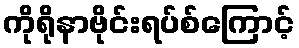
ကိုရိုနာဗိုင်းရပ်စ်ကြောင့်